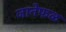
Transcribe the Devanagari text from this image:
जानेफळ